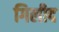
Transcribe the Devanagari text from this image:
गिलीद